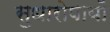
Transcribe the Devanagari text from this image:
सुधारोपायों